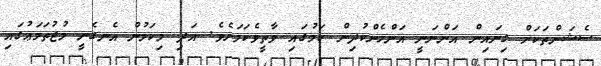
ސެޝަންތަކަށް ގިނައިން އަންނަނީ އަންހެންކުދިން ކަމުގައި ވާތީވެކަމަށެވެ. އަދި މިކަމުން އެނގެނީ މުޖުތަމަޢުގައި